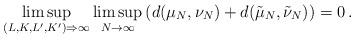
\begin{align*} \limsup_{(L,K,L',K') \Rightarrow \infty} \limsup_{N\to\infty} \left(d(\mu_N,\nu_N)+d(\tilde \mu_N,\tilde \nu_N)\right) = 0\,.\end{align*}